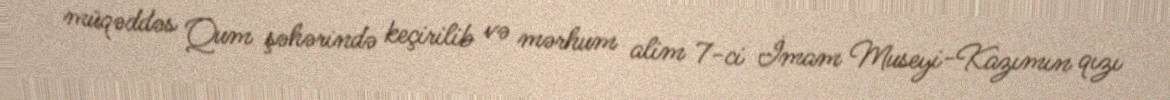
müqəddəs Qum şəhərində keçirilib və mərhum alim 7-ci İmam Museyi-Kazımın qızı